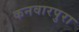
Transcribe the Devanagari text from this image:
कनवारपुरा